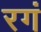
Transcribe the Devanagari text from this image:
रगं